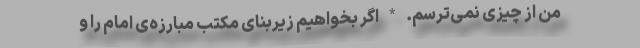
من از چیزی نمی‌ترسم. * اگر بخواهیم زیربنای مکتب مبارزه‌ی امام را و